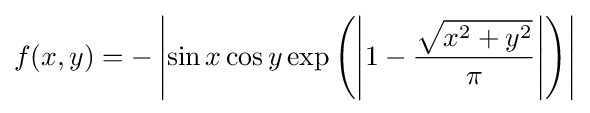
f(x,y)=-\left|\sin x\cos y\exp \left(\left|1-{\frac {\sqrt {x^{2}+y^{2}}}{\pi }}\right|\right)\right|